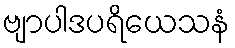
ဗျာပါဒပရိယေသနံ